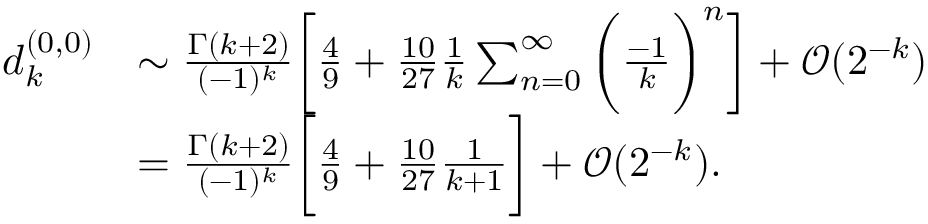
\begin{array} { r l } { d _ { k } ^ { ( 0 , 0 ) } } & { \sim \frac { \Gamma ( k + 2 ) } { ( - 1 ) ^ { k } } \bigg [ \frac 4 9 + \frac { 1 0 } { 2 7 } \frac { 1 } { k } \sum _ { n = 0 } ^ { \infty } \bigg ( \frac { - 1 } { k } \bigg ) ^ { n } \bigg ] + { \mathcal O } ( 2 ^ { - k } ) } \\ & { = \frac { \Gamma ( k + 2 ) } { ( - 1 ) ^ { k } } \bigg [ \frac 4 9 + \frac { 1 0 } { 2 7 } \frac { 1 } { k + 1 } \bigg ] + { \mathcal O } ( 2 ^ { - k } ) . } \end{array}